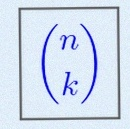
\binom{n}{k}